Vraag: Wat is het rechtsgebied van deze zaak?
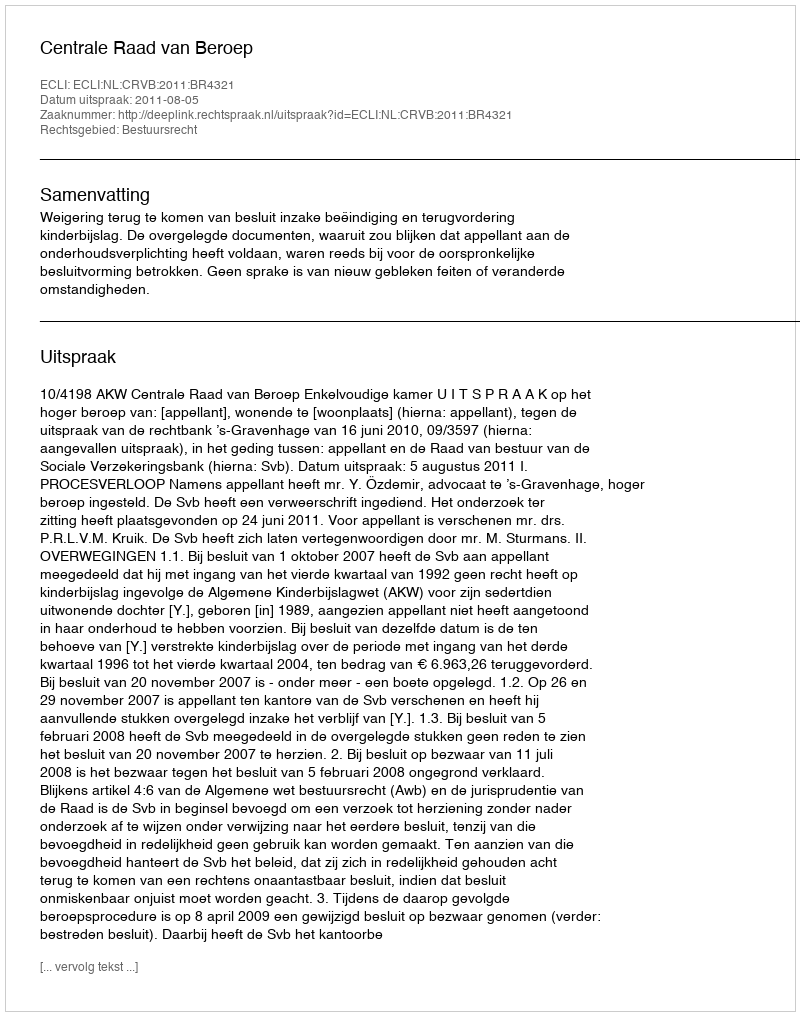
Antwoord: Bestuursrecht